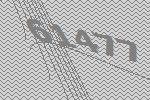
61477